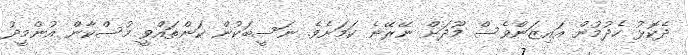
ދެކޮޅު ހެދުމުން އައިޒަންވެސް މޫދަށް ނޭރޭނެ ކަމަށެވެ. ނަސީބަކުން ކަންތައްވީ މުސްކާން އުންމީދު